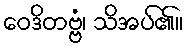
ဝေဒိတဗ္ဗံ၊ သိအပ်၏။